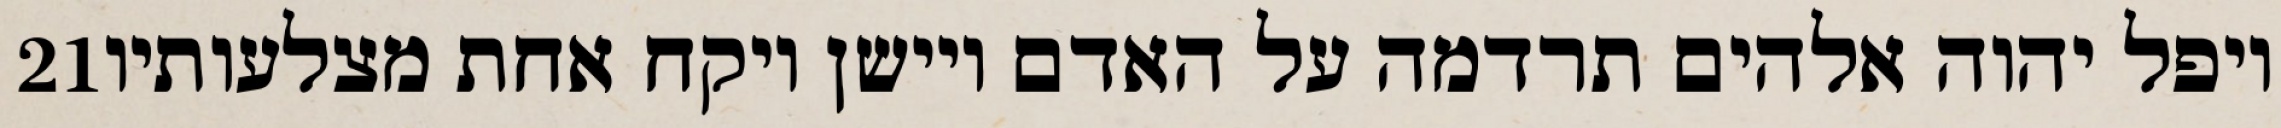
‎21‏ ויפל יהוה אלהים תרדמה על האדם ויישן ויקח אחת מצלעותיו